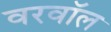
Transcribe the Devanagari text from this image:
वरवॉल